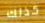
كذلك